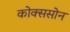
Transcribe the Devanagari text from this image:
कोक्ससोन